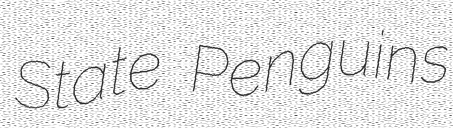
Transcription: State Penguins